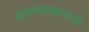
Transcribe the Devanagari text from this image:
बघण्यासारख्या